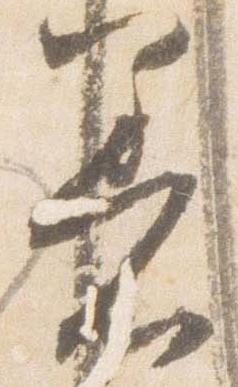
着